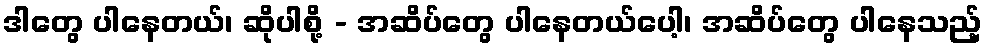
ဒါတွေ ပါနေတယ်၊ ဆိုပါစို့ - အဆိပ်တွေ ပါနေတယ်ပေါ့၊ အဆိပ်တွေ ပါနေသည့်